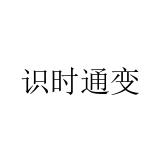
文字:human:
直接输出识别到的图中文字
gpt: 识时通变